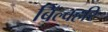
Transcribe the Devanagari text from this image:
बिल्वहरि